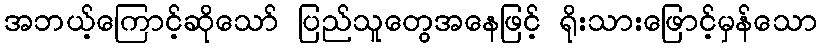
အဘယ့်ကြောင့်ဆိုသော် ပြည်သူတွေအနေဖြင့် ရိုးသားဖြောင့်မှန်သော